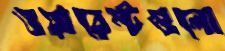
ওয়ারেন্টগুলো